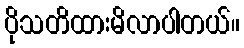
ပိုသတိထားမိလာပါတယ်။